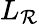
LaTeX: L_{\mathcal{R}}